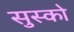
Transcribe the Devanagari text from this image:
सुस्को